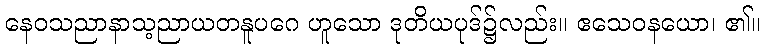
နေဝသညာနာသ့ညာယတနူပဂေ ဟူသော ဒုတိယပုဒ်၌လည်း။ ဧသေဝနယော၊ ၏။